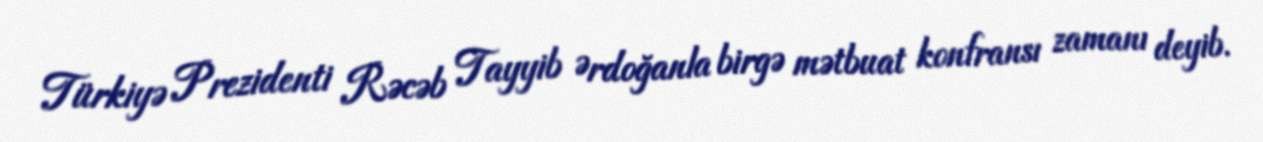
Türkiyə Prezidenti Rəcəb Tayyib Ərdoğanla birgə mətbuat konfransı zamanı deyib.